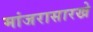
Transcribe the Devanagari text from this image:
मांजरासारखे